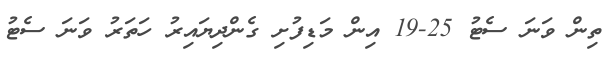
ތިން ވަނަ ސެޓު 25-19 އިން މަޑިފުށި ގެންދިޔައިރު ހަތަރު ވަނަ ސެޓު